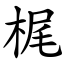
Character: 梶